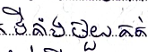
ទីតាំងមួយគត់